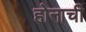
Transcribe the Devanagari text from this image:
होनाची